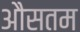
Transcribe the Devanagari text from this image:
औसतम